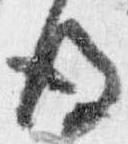
後